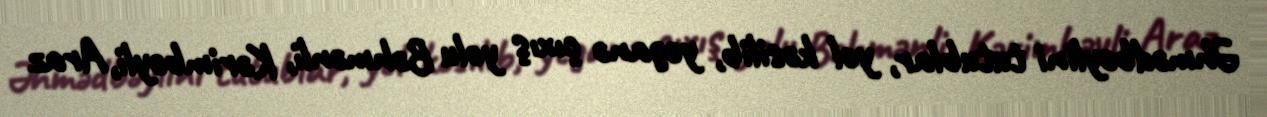
Əhmədbəylini tutublar, yol kəsilib, yeganə çıxış yolu Bəhmənli, Kərimbəyli, Araz